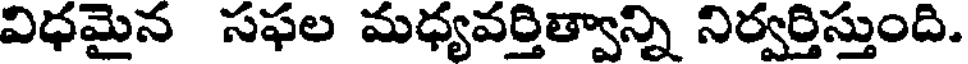
విధమైన సఫల మధ్యవర్తిత్వాన్ని నిర్వర్తిస్తుంది.